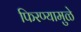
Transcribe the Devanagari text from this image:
फिरण्यामुळे